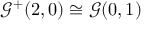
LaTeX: { \mathcal { G } } ^ { + } ( 2 , 0 ) \cong { \mathcal { G } } ( 0 , 1 )